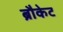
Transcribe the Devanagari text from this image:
ब्रौकेट